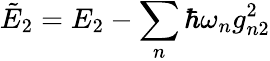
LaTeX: \tilde{E}_{2}=E_{2}-\sum_{n}\hbar\omega_{n}g_{n2}^{2}